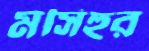
মসিহুর